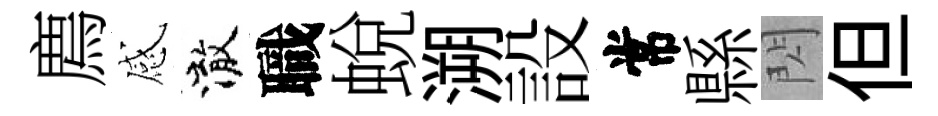
廌感澈職蛻溯設常縣閃但